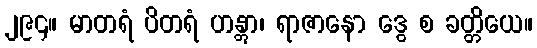
၂၉၄။ မာတရံ ပိတရံ ဟန္တွာ၊ ရာဇာနော ဒွေ စ ခတ္တိယေ။